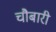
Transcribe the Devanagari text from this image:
चौबारी